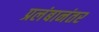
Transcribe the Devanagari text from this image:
प्रलंबानंतर